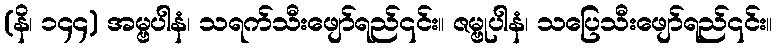
(နိ၊ ၁၄၄) အမ္ဗပါနံ၊ သရက်သီးဖျော်ရည်၎င်း။ ဇမ္ဗုပါနံ၊ သပြေသီးဖျော်ရည်၎င်း။